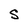
Character: s